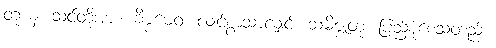
တုယှံ၊ သင်တို့အား။ ခိဗ္ဗမေဝ၊ လျင်စွာသာလျှင်။ သမိဇ္ဈတု၊ ပြည့်စုံစေသတည်း။